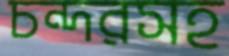
চন্দরসহ